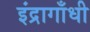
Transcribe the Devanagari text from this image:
इंद्रागाँधी